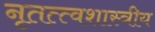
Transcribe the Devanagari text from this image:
नृतत्त्वशास्त्रीय